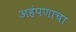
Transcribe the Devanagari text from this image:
अहंपणाचा